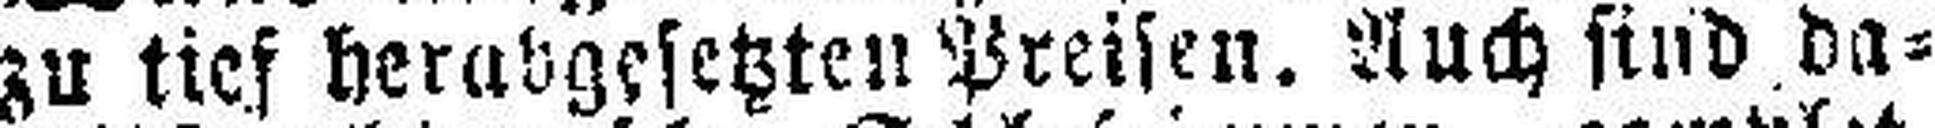
zu tief herabgesetzten Preisen, Auch sind da¬